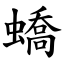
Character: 蟜